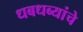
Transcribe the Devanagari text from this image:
धबधब्यांचे